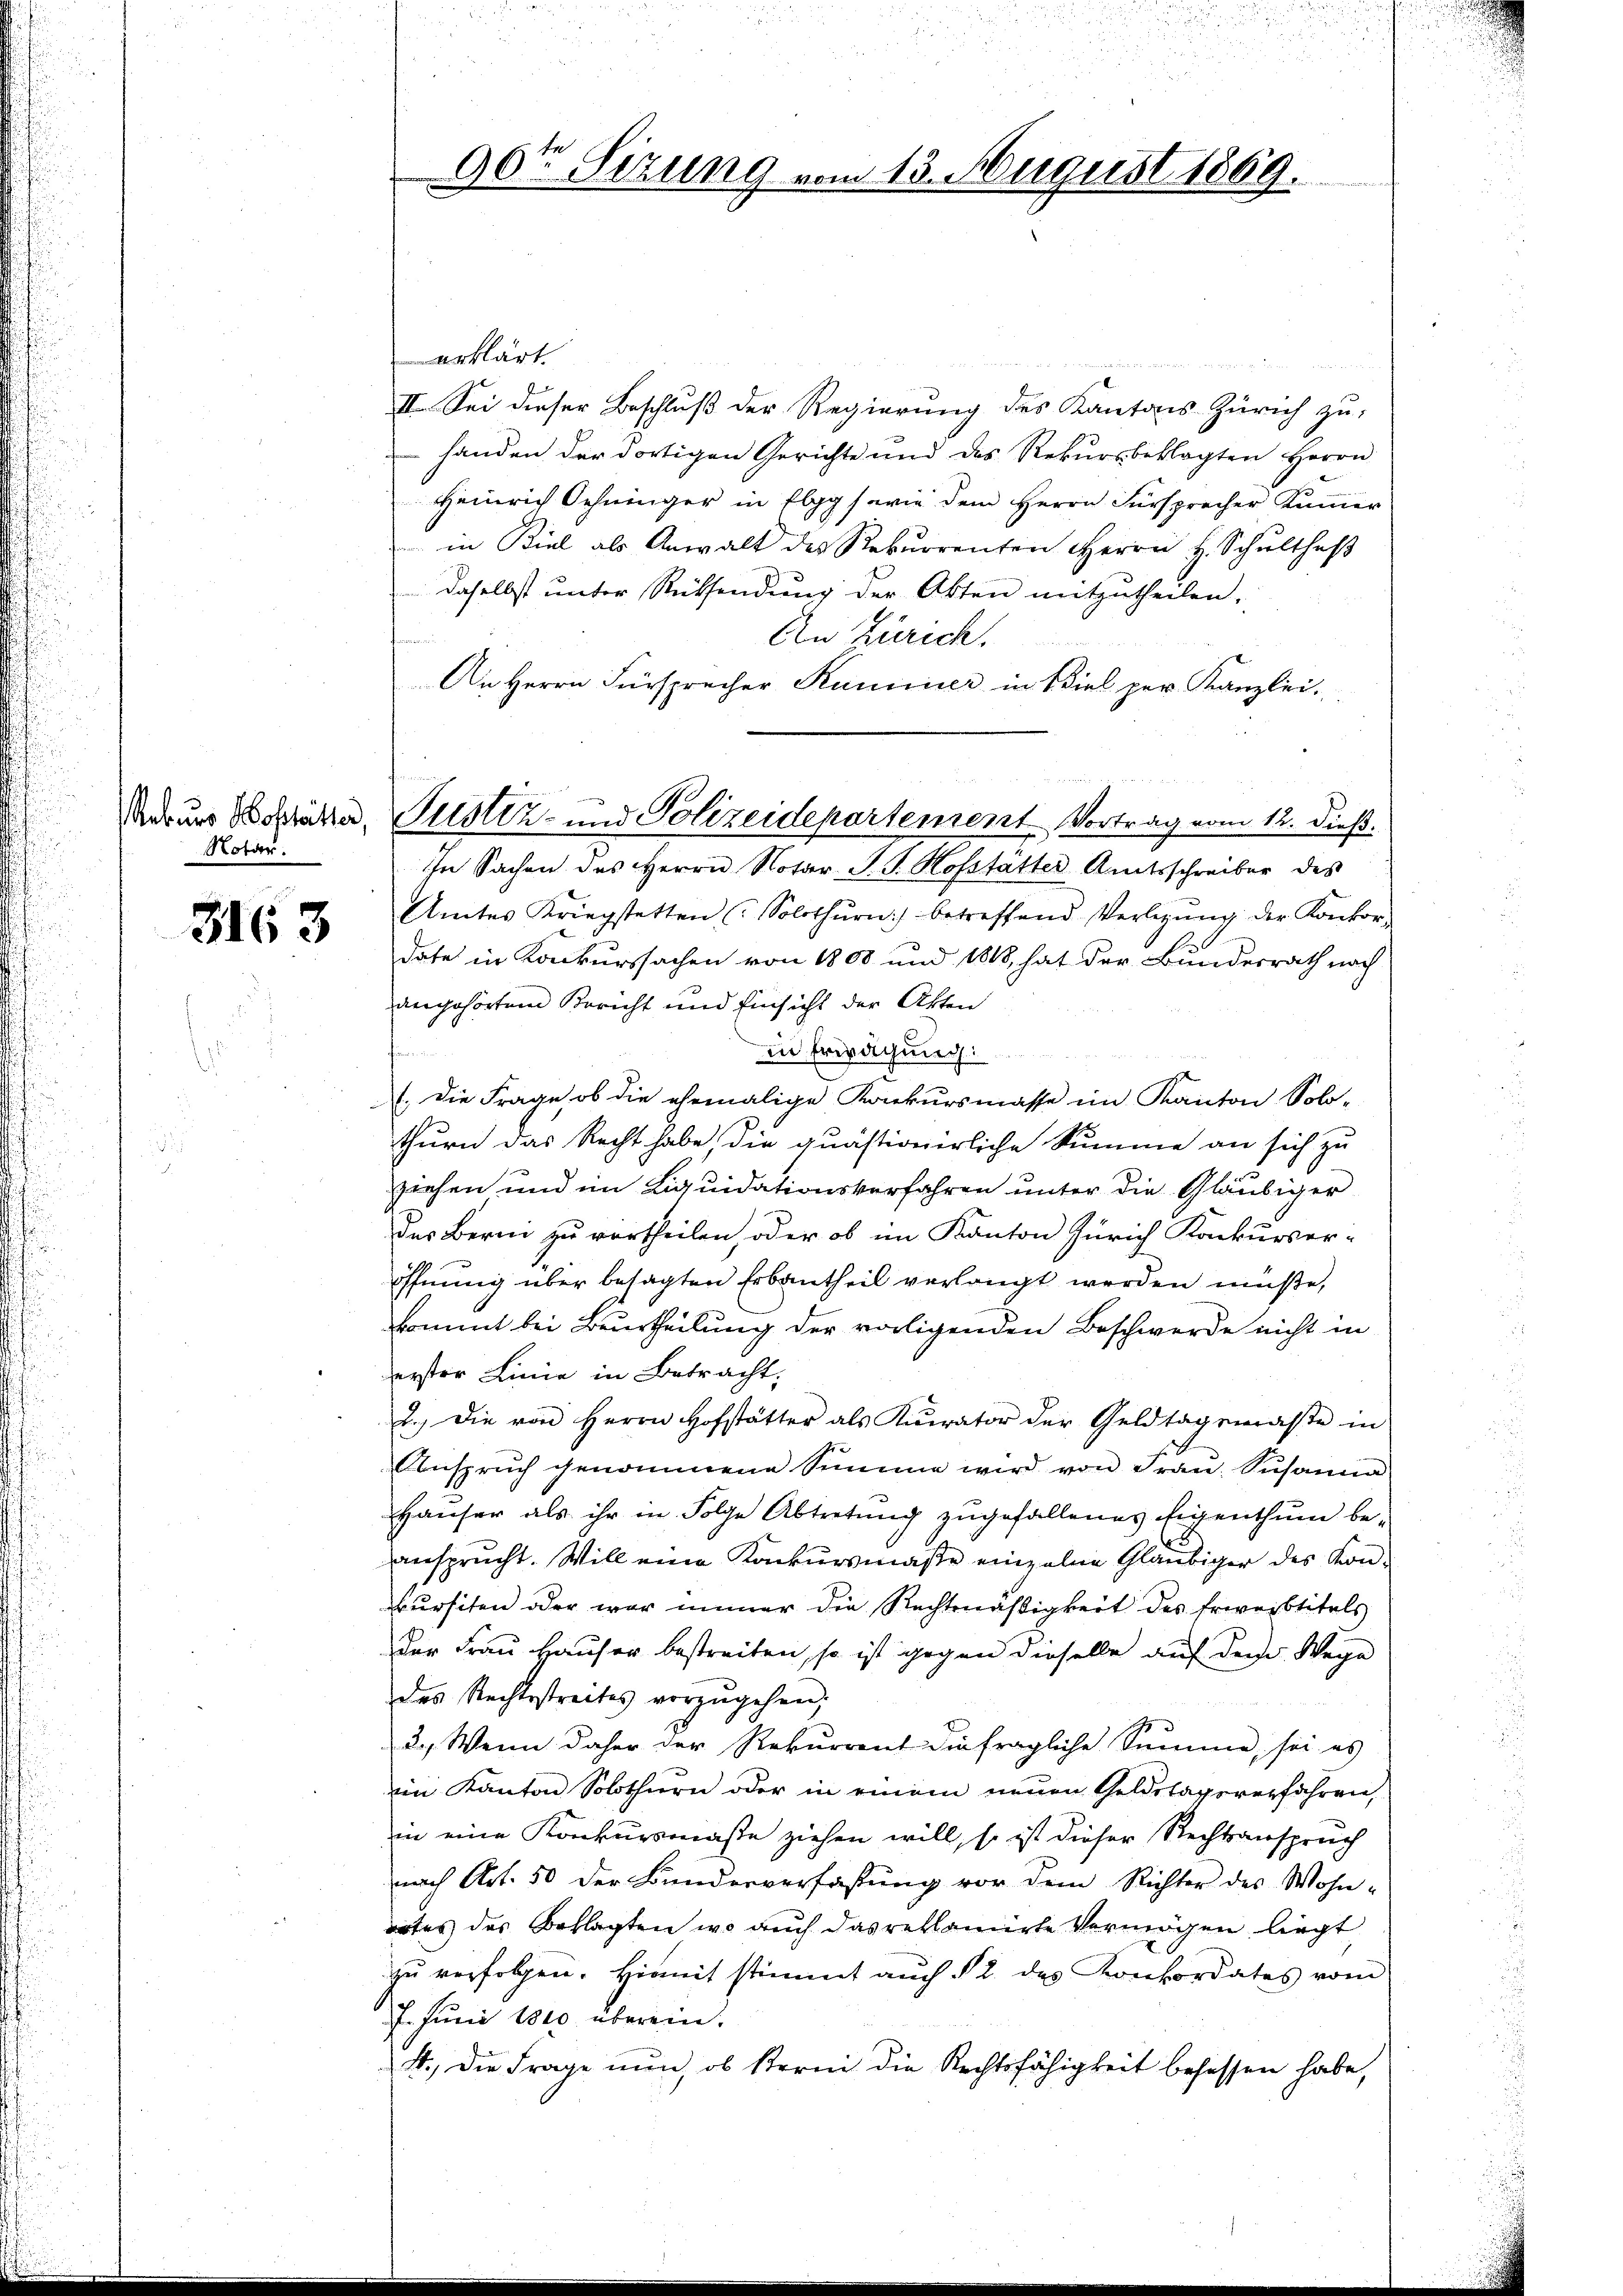
Rekurs Hoflütter,
Notar.

3163

30ten Sizung vom 13. August 1869.

erklärt.

II. Sei dieser Beschluß der Regierung des Kantons Zürich zu-
handen der dortigen Gerichte und des Rekursbeklagten Herrn
Heinrich Schninger in Elgg sowie dem Herrn Fürsprecher Kümmer
in Biel als Anwalt des Rekurrenten Herrn H. Schultheß
daselbst unter Rücksendung der Akten mitzutheilen,
An Zürich.
An Herrn Fürsprecher Kuminer in Biel per Kanzlei-

In Sachen des Herrn Notar P. G. Hofstätter Amtsschreiber des
Amtes Kriegstetten (Solothurn) betreffend Verlegŭng der Konkor-
date in Konkurssachen von 1808 und 1808, hat der Bundesrath nach
angehörten Bericht und Einsicht der Akten
hammen.
in Erwägung:
1. Die Frage ob die ehemalige Konkursmasse im Kanton Solo-
thurn das Recht habe die quästionirliche Summe an sich zu
ziehen und im Liquidationsverfahren unter die Gläubiger
des Bern zu vortheilen, oder ob im Kanton Zürich Konkurser-
öffnung über besagten Erbautheil verlangt werden müße,
kkommt bei Beurtheilung der vorligenden Beschwerde nicht in
erster Linie in Betracht,
2.) Die von Herrn Hofstätter als Kurator der Geldtagsmaße in
Ansprŭch genommene Simme wird von Fran. Susann
Hauser als ihr in Folge Abtretung zugefallenes Eigenthum beansprucht. Will eine Konkursmaße einzelne Gläubiger des Konursiten oder war immer die Rechtmäßigkeit des Erweibtitels
Der Frau Hauser bestreiten, so ist gegen dieselbe auf dem Wege
das Rechtsstreites vorzŭgehen;
2.) Wenn daher der Rekurrent die fragliche Summe, sei es
em Kanton Solothurn oder in einem neuen Geldstagsverfahren,
in eine Konkursmaße ziehen will, so ist dieser Rechtsanspruch
nach Art. 50 der Bundesverfassung vor dem Richter des Wohn-
ortes des Beklagten, wo auch das reklamirte Vermögen liegt
zŭ verfolgen. Hiemit stimmt auch § 2. des Konkordates vom
27. Juni 1810 überein.
4.) Die Frage nun, ob Kern die Rechtsfähigkeit besassen habe,

Justiz- und Polizeidepartement Vortrag vom 12. dieß.